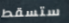
ستسقط